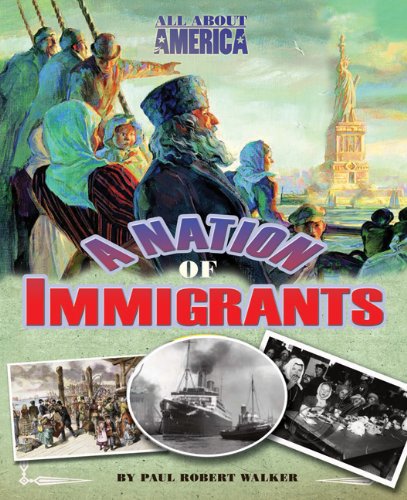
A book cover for All About America: A Nation of Immigrants; Paul Robert Walker; Children's Books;